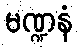
မဏ္ဍနံ